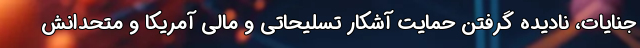
جنایات، نادیده گرفتن حمایت آشکار تسلیحاتی و مالی آمریکا و متحدانش